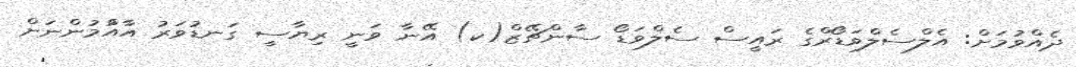
ދެއްވުމަށް: އެލްސެލްވަޑޯރްގެ ރައީސް ސެލްވަޑޯ ސާންޗޭޒް(ކ) އޭނާ ވަނީ ރިޔާސީ ގަނޑުވަރު އާއްުމުންނަށް